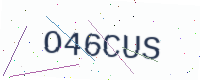
Text: O46CUS